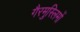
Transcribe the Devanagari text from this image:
गैरमुस्लिमों